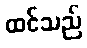
ထင်သည်